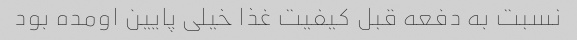
نسبت به دفعه قبل کیفیت غذا خیلی پایین اومده بود